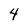
Character: 4